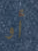
أو